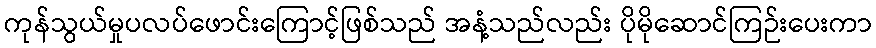
ကုန်သွယ်မှုပလပ်ဖောင်းကြောင့်ဖြစ်သည် အနံ့သည်လည်း ပိုမိုဆောင်ကြဉ်းပေးကာ